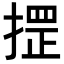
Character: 𢱫